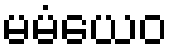
မမံယေဝ